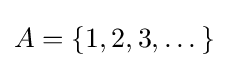
A=\{1,2,3,\dots \}